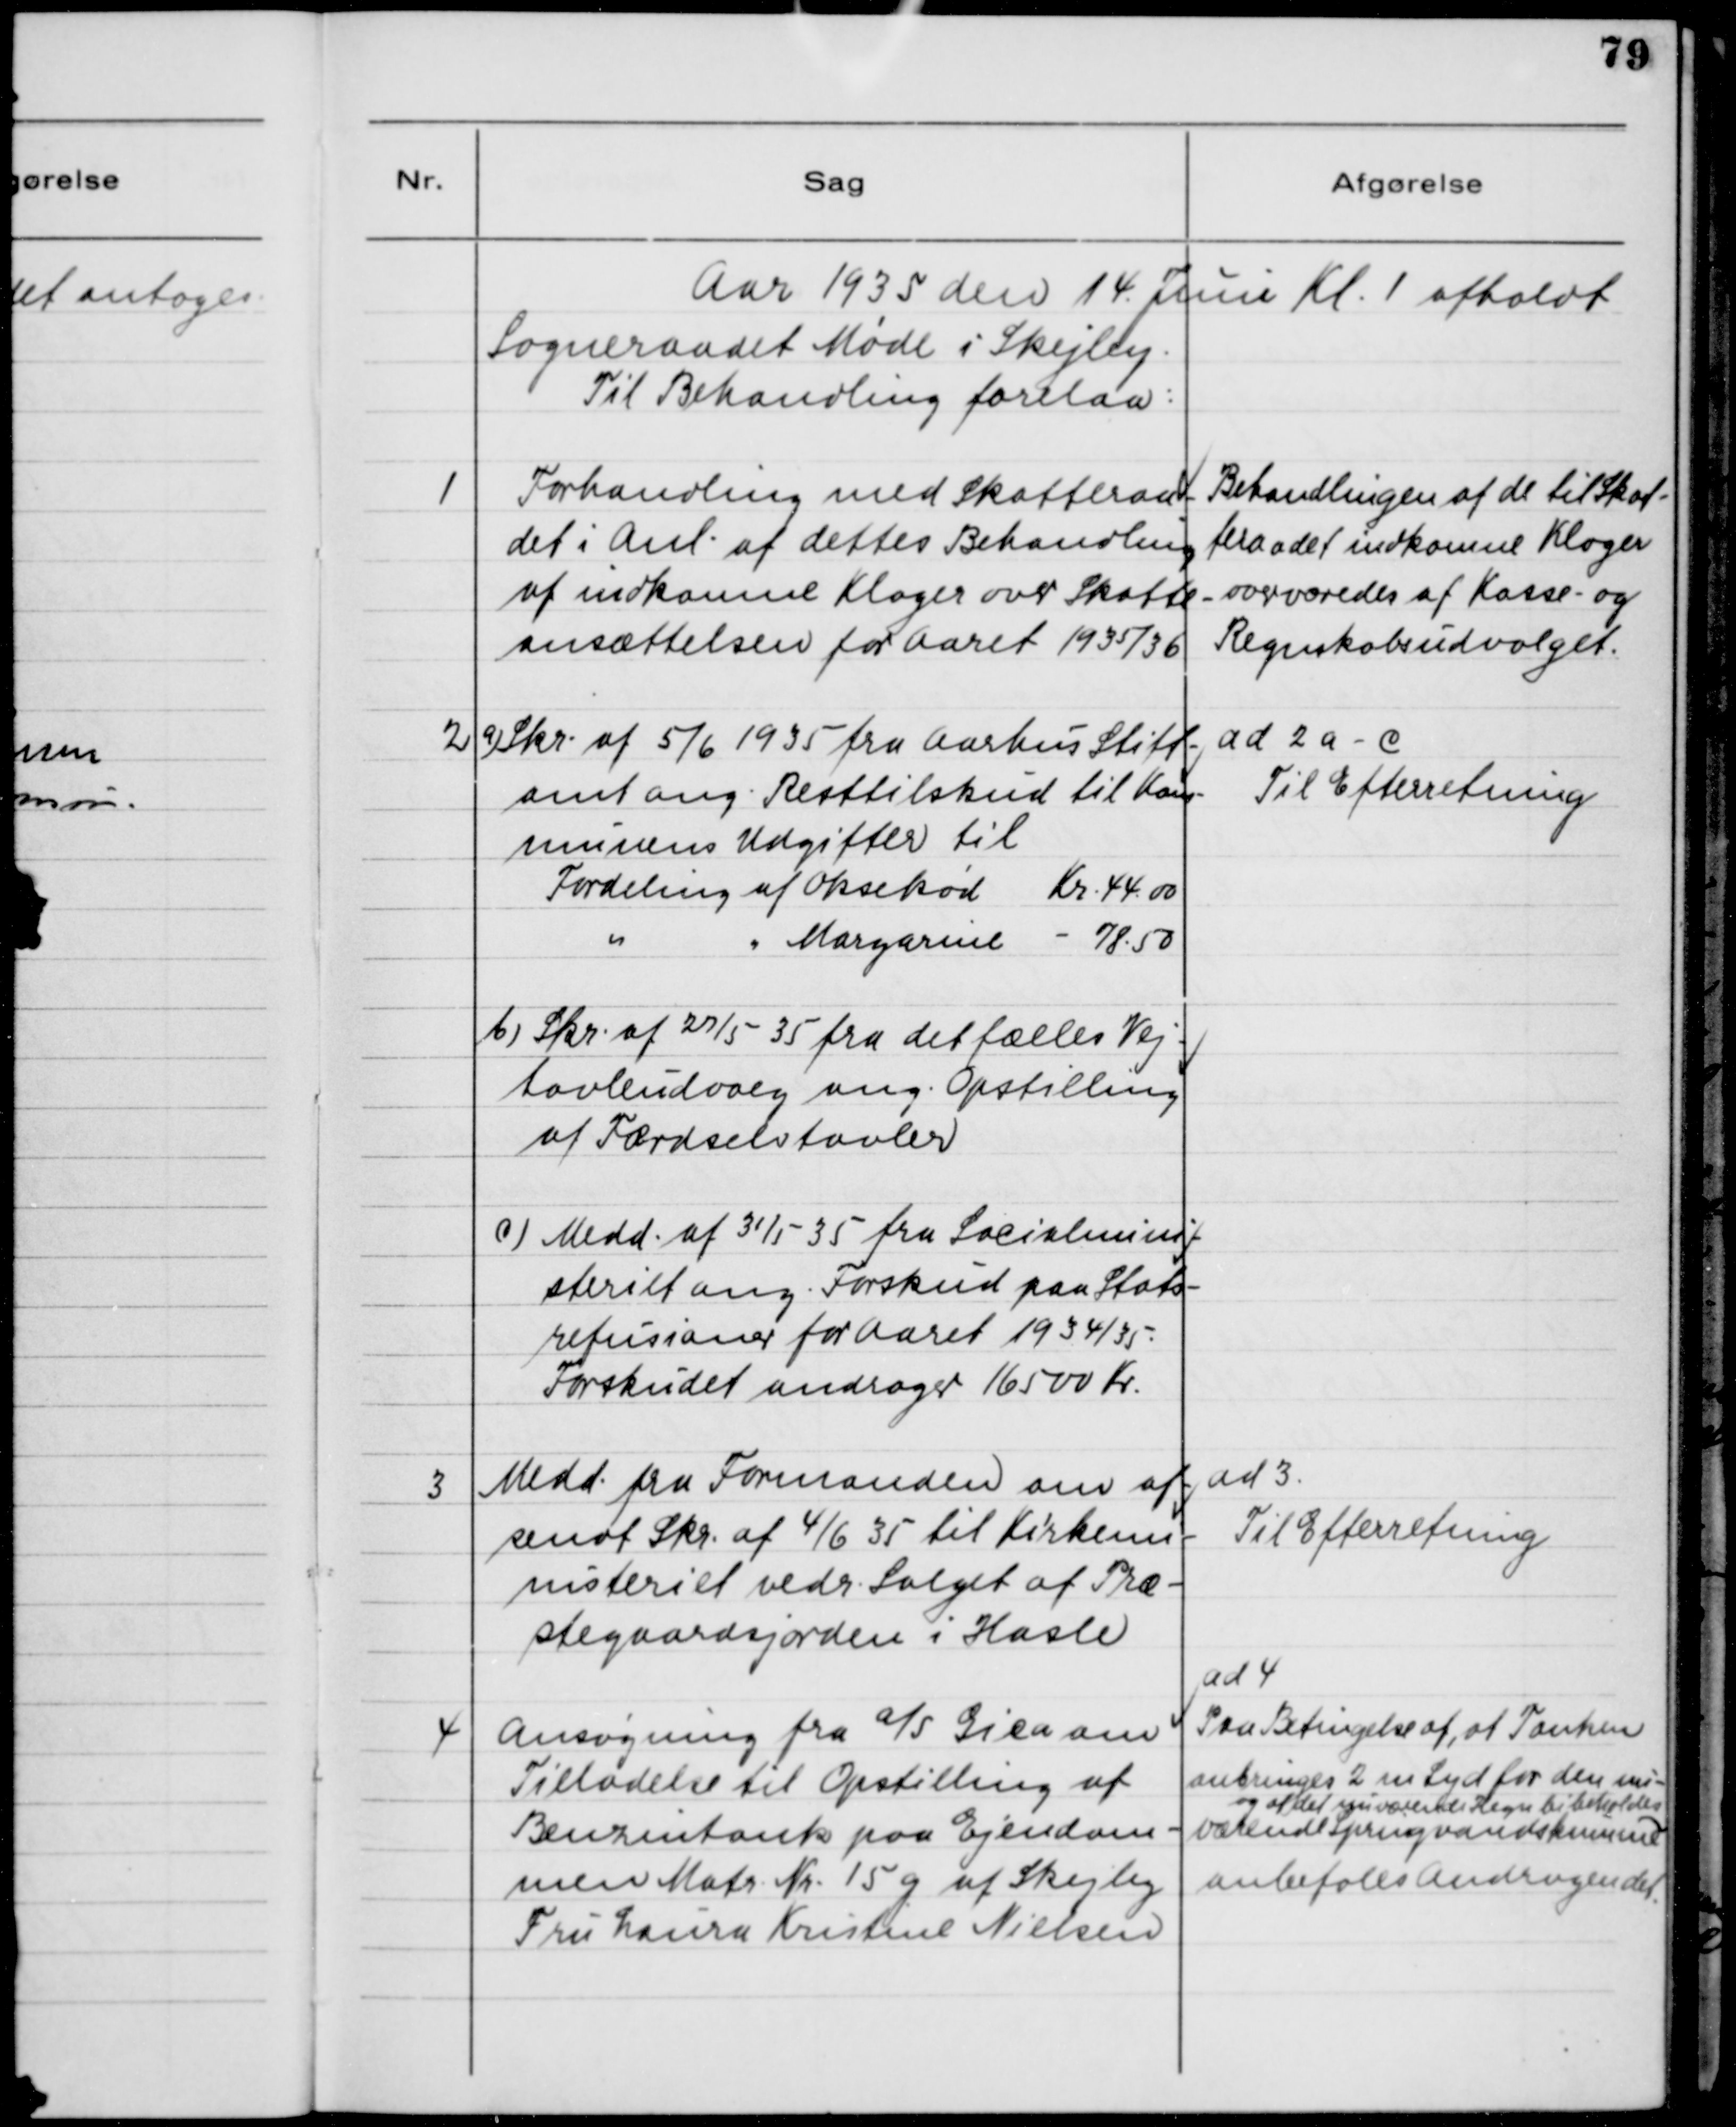
Transskription:
Aar 1935 den 14. Juni Kl. 1 afholdt
Sogneraadet Møde i Skejby.
Til Behandling forelaa:

1

Forhandling med Skatteraad-
det i Anl. af dettes Behandling
af indkomne Klager over Skatte-
ansættelsen for Aaret 1935/36

Behandlingen af de til Skat-
teraadet indkomne Klager
overværedes af Kasse- og
Regnskabsudvalget

2

a) Skr. af 5/6 1935 fra Aarhus Stift-
amt ang. Resttilskud til Kom-
munens Udgifter til 
Fordeling af Oksekød
Kr. 44.00
" 
" Margarine 
- 78.50 
b) Skr. af 27/5 35 fra det fælles Vej-
tavleudvalg ang. Opstilling 
af Færdselstavler 
c) Medd. af 31/5 35 fra Socialmini-
steriet ang. Forskud paa Stats-
refussionen for Aaret 1934/35.
Forskudet andrager 16500 Kr.

ad 2 a-c
Til Efterretning

3

Medd. fra Formanden om af-
sendt Skr. af 4/6 35 til Kirkemi-
steriet vedr. Salget af Præ-
stegaardsjorden i Hasle.

ad 3.
Til Efterretning

4

Ansøgning fra A/S Gica om
Tilladelse til Opstilling af
Benzintank paa Ejendom-
men Matr. Nr. 15 g af Skejby
Fru Laura Kristine Nielsen

ad 4 
Paa Betingelse af, at Tanken 
anbringes 2 m Syd for den nu-
og af det nuværende Regn bibeholdes
værende Springvandskumme og at det nuværende Hegn bibeboldes 
anbefales Andragendet.